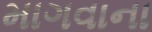
માગવાના